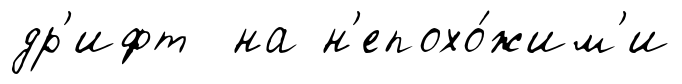
др'ифт на н'епохо́жим'и